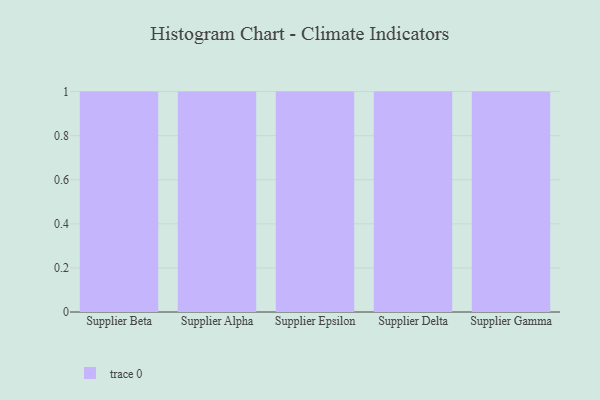
{"axis": {"x": "Supplier", "y": "Satisfaction Score"}, "legend": [""], "data": [{"x": "Supplier Beta", "y": 45, "type": ""}, {"x": "Supplier Alpha", "y": 3, "type": ""}, {"x": "Supplier Epsilon", "y": 37, "type": ""}, {"x": "Supplier Delta", "y": 42, "type": ""}, {"x": "Supplier Gamma", "y": 67, "type": ""}]}